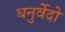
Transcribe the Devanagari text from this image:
धनुर्वेदो